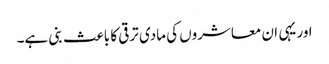
اور یہی ان معاشروں کی مادی ترقی کا باعث بنی ہے۔